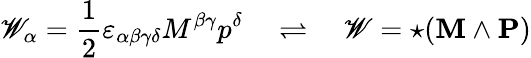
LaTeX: \mathscr{W}_{\alpha}={\frac{{1}}{{2}}}\varepsilon_{\alpha\beta\gamma\delta}M^{\beta\gamma}p^{\delta}\quad\rightleftharpoons\quad\mathbf{{\mathscr{W}}}=\star(\mathbf{{M}}\wedge\mathbf{{P}})